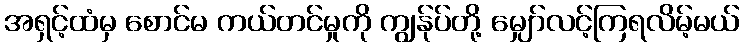
အရှင့်ထံမှ စောင်မ ကယ်တင်မှုကို ကျွန်ုပ်တို့ မျှော်လင့်ကြရလိမ့်မယ်